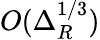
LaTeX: O(\Delta_{R}^{1/3})